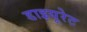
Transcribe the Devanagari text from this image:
डाइयूरेट